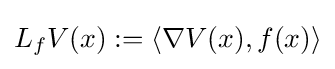
L_{f}V(x):=\langle \nabla V(x),f(x)\rangle